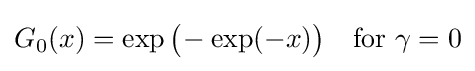
G_{0}(x)=\exp {\bigl (}\!-\exp(-x){\bigr )}\quad {\text{for }}\gamma =0